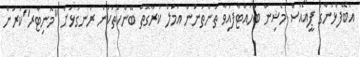
އެބޭފުޅުންގެ ޕީއޯއެސް މެޝިން ބަހައްޓާފައިވާ ތަންތަނުން އަމަލު ކުރާގޮތް ބޭންކުތަކުން ރަނގަޅަށް "މޮނިޓާރ"ކުރަން